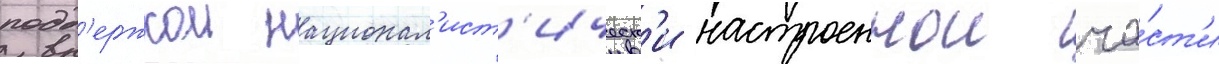
подд'ержкои национал'ист'ическ'и настроеннои ча́ст'и